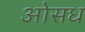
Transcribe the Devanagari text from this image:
ओसध